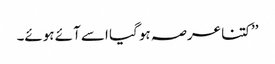
’’کتنا عرصہ ہو گیا اسے آئے ہوئے۔